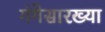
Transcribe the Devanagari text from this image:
गंगेसारख्या